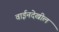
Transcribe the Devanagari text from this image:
वाईनदेखील